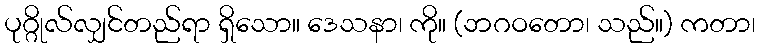
ပုဂ္ဂိုလ်လျှင်တည်ရာ ရှိသော။ ဒေသနာ၊ ကို။ (ဘဂဝတော၊ သည်။) ကတာ၊